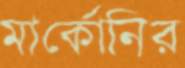
মার্কোনির